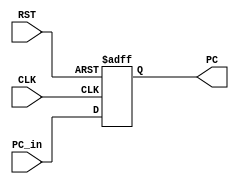
module Program_Counter #(parameter WIDTH = 32)
(
input	wire					CLK,
input	wire					RST,
input	wire	[WIDTH-1:0]		PC_in,
output	reg		[WIDTH-1:0] 	PC
);


always @(posedge CLK or negedge RST)
 begin
	if (!RST)
	 begin
		PC <= 'b0 ;
	 end
	else
	 begin
		PC <= PC_in ;
	 end
 end

endmodule